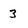
Character: 3